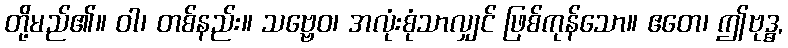
တို့မည်၏။ ဝါ၊ တစ်နည်း။ သဗ္ဗေဝ၊ အလုံးစုံသာလျှင် ဖြစ်ကုန်သော။ ဧတေ၊ ဤဗုဒ္ဓ,